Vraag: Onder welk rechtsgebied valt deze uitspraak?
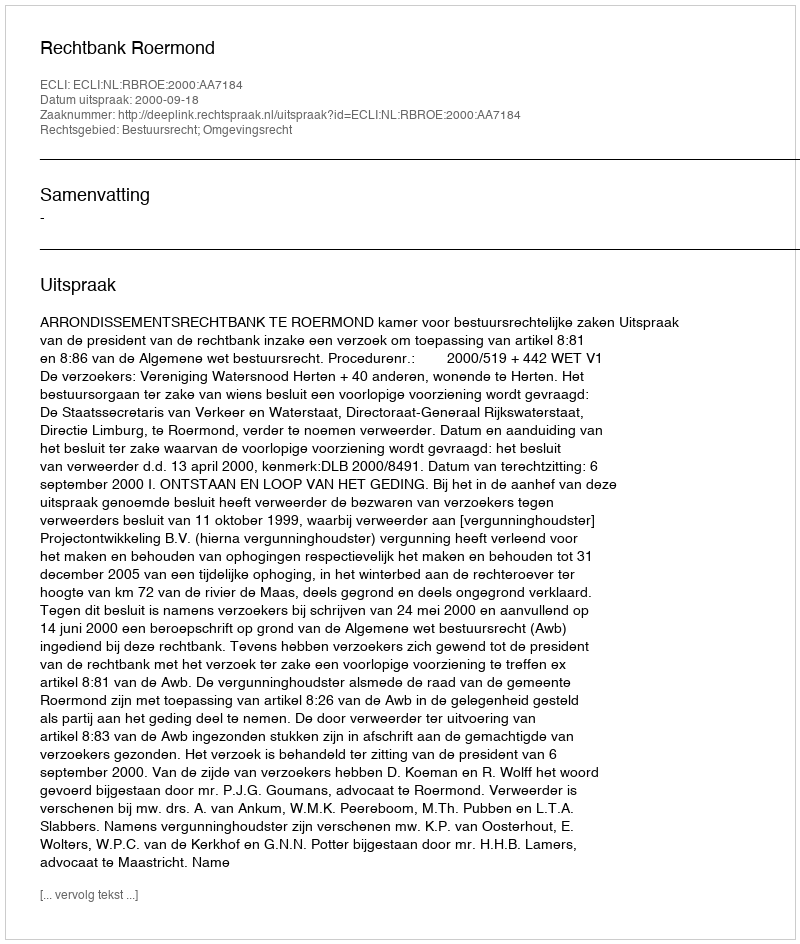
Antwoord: Bestuursrecht; Omgevingsrecht